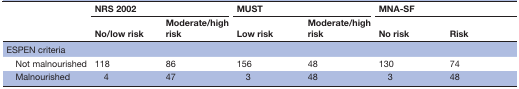
| <ROWSPAN=2>  | <COLSPAN=2> NRS 2002 | <COLSPAN=2> MUST | <COLSPAN=2> MNA-SF |
 | No/low risk | Moderate/high risk | Low risk | Moderate/high risk | No risk | Risk |
 | --- | --- | --- | --- | --- | --- | --- |
 | ESPEN criteria |  |  |  |  |  |  |
 | Not malnourished | 118 | 86 | 156 | 48 | 130 | 74 |
 | Malnourished | 4 | 47 | 3 | 48 | 3 | 48 |